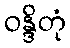
ဝန္ဒိတုံ